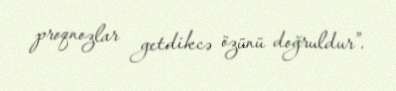
proqnozlar getdikcə özünü doğruldur”.